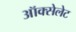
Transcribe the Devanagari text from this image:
ऑक्सेलेट